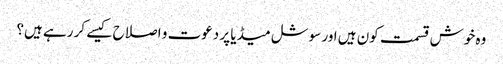
وہ خوش قسمت کون ہیں اور سوشل میڈیا پر دعوت و اصلاح کیسے کر رہے ہیں؟